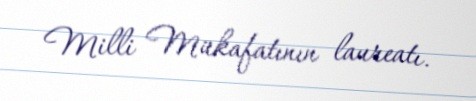
Milli Mükafatının laureatı.